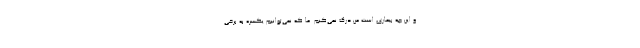
و این چه بیماری است من درک نمی‌کنم. ما که نمی‌توانیم یکسره به برخی